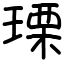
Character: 瑮